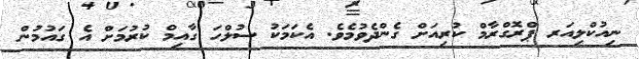
ނިއުކްލިއަރ ޕްރޮގްރާމް ކުރިއަށް ގެންދެވުމެވެ. އެކަމަކު ސުލްހަ ގާއިމް ކުރުމަށް އެ ގައުމުން